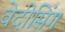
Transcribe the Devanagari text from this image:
वेदीसिंग